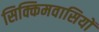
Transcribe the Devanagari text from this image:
सिक्किमवासियों